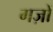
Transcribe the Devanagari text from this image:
गज़ों